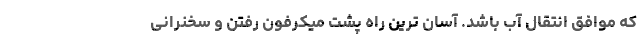
که موافق انتقال آب باشد. آسان ترین راه پشت میکرفون رفتن و سخنرانی